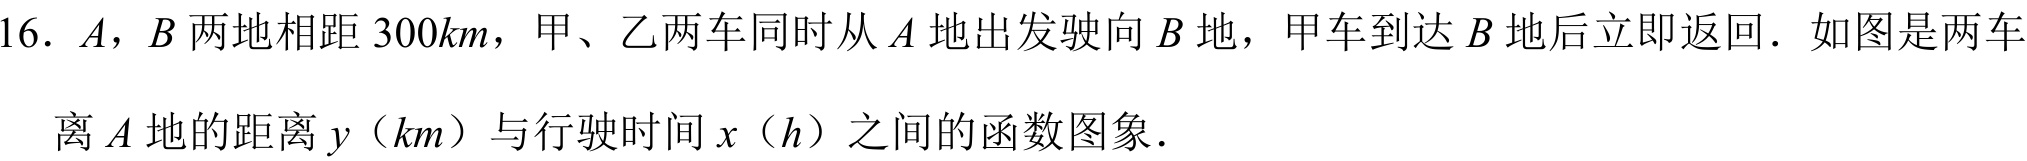
16. \(A\), \(B\)两地相距\(300km\)，甲、乙两车同时从\(A\)地出发驶向\(B\)地，甲车到达\(B\)地后立即返回．如图是两车离\(A\)地的距离\(y\)（\(km\)）与行驶时间\(x\)（\(h\)）之间的函数图象．